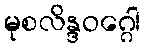
မုစလိန္ဒဝဂ္ဂေါ